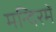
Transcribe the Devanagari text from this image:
मन्दिरमें